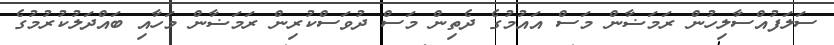
ސަލަފުއްސާލިހުން ރަމަޟާން މަސް އައުމުގެ ދެތިން މަސް ދުވަސްކުރިން ރަމަޟާން މަހާއި ބައްދަލުކުރުމުގެ